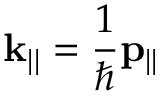
\mathbf { k } _ { | | } = { \frac { 1 } { \hbar } } \mathbf { p } _ { | | }